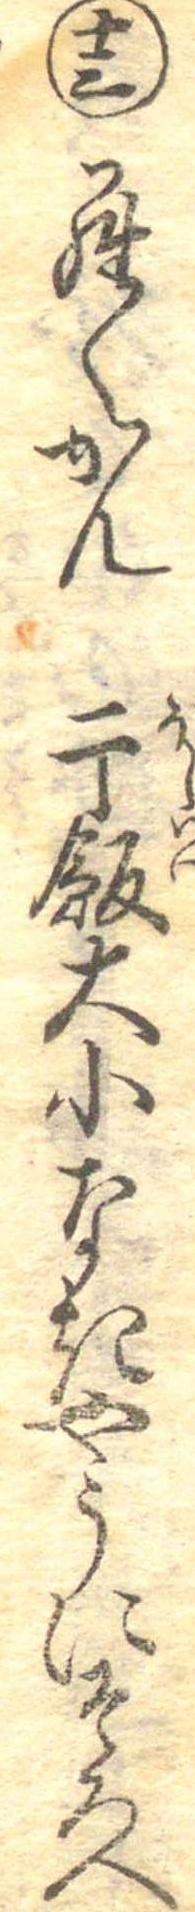
十三らくがん干飯大小なきやうにそろへ